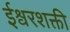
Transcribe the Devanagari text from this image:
ईश्वरशक्ती